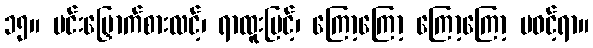
၁၅။ မင်းမြှောက်စားလင့်၊ ရာထူးမြင့်၊ ကြော့ကြော့ ကြော့ကြော့ မဝင့်ရာ။